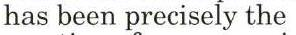
has been precisely the